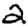
Digit: 2